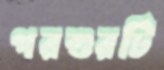
পরশুরটি